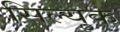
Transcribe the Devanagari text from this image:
सिल्युक